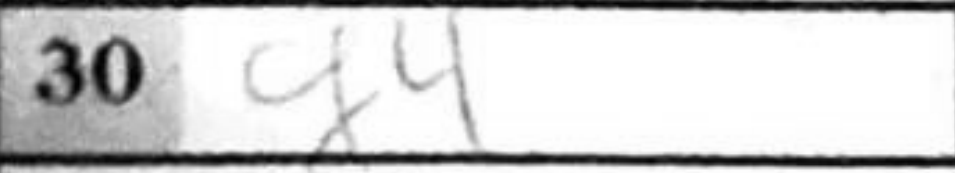
Transcription: g4